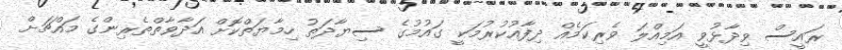
ރައީސް ވިދާޅުވީ އަމިއްލަ ވެރިކަމެއް ދިފާއުކުރުމަކީ ގައުމުގެ ސިޔާދަތު ހިމާޔަތްކޮށް އަދާވާތްތެރިންގެ މައްޗަށް